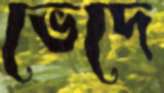
ভেদে